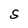
Character: S